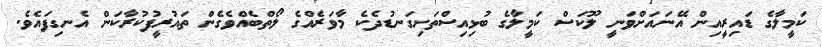
ކަމީލާގެ ޑައިރީއިން އޭނައަށްވަނީ ލޫކަސް ކަމީލާގެ ބުޅިއިސްތަށިގަނޑުދެކެ މާވަރެއްގެ ލޯތްބެއްވެގެން ތައުރީފުކުރާކަން އެނގިފައެވެ.